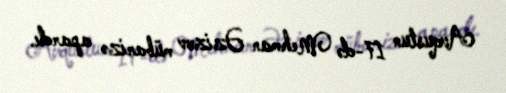
Avqustun 17-də Mehman Əzizov mübarizə apardı.